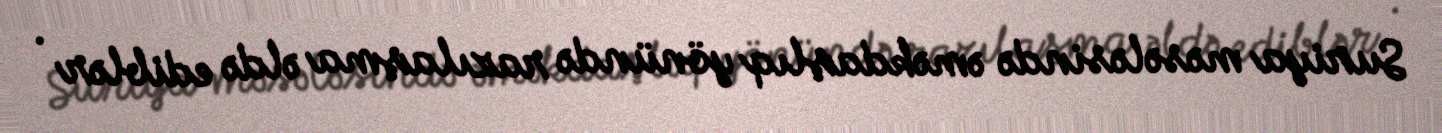
Suriya məsələsində əməkdaşlıq yönündə razılaşma əldə ediblər .